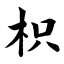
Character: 枳